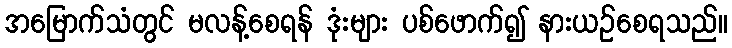
အမြောက်သံတွင် မလန့်စေရန် ဒုံးများ ပစ်ဖောက်၍ နားယဉ်စေရသည်။